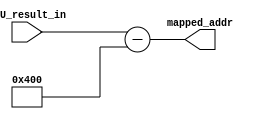
module Addr_Map(
  input[31:0] ALU_result_in,
  output[31:0] mapped_addr
);

assign mapped_addr = ALU_result_in - 32'd1024;

endmodule